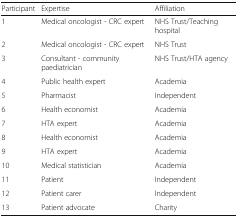
| Participant | Expertise | Affiliation |
 | --- | --- | --- |
 | 1 | Medical oncologist - CRC expert | NHS Trust/Teaching hospital |
 | 2 | Medical oncologist - CRC expert | NHS Trust |
 | 3 | Consultant - community paediatrician | NHS Trust/HTA agency |
 | 4 | Public health expert | Academia |
 | 5 | Pharmacist | Independent |
 | 6 | Health economist | Academia |
 | 7 | HTA expert | Academia |
 | 8 | Health economist | Academia |
 | 9 | HTA expert | Academia |
 | 10 | Medical statistician | Academia |
 | 11 | Patient | Independent |
 | 12 | Patient carer | Independent |
 | 13 | Patient advocate | Charity |